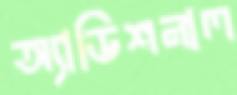
অ্যাডিশনাল